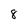
Character: 8